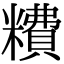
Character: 䊧